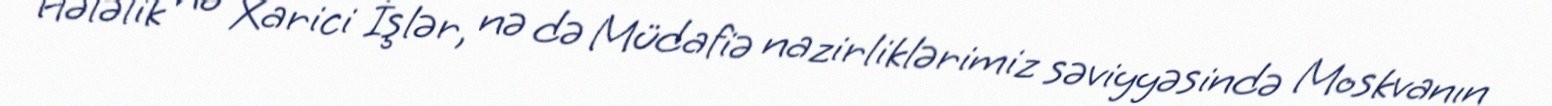
Hələlik nə Xarici İşlər, nə də Müdafiə nazirliklərimiz səviyyəsində Moskvanın